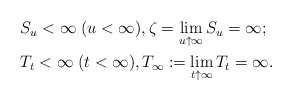
\begin{align*}\begin{aligned} &S_u<\infty \; (u<\infty), \zeta=\lim_{u\uparrow \infty}S_u=\infty; \\ &T_t<\infty\; (t<\infty), T_\infty:=\lim_{t\uparrow \infty}T_t=\infty. \end{aligned}\end{align*}